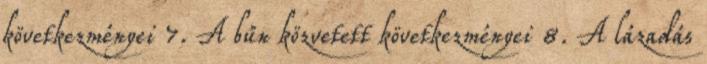
következményei 7. A bűn közvetett következményei 8. A lázadás